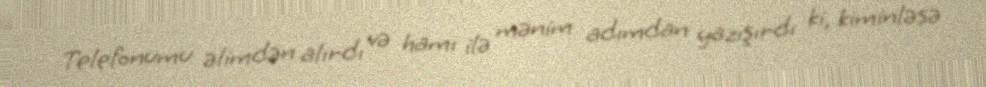
Telefonumu əlimdən alırdı və hamı ilə mənim adımdan yazışırdı ki, kiminləsə